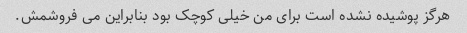
هرگز پوشیده نشده است برای من خیلی کوچک بود بنابراین می فروشمش.